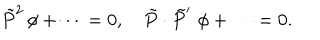
LaTeX: \tilde { P } ^ { 2 } \, \phi + \cdots = 0 , \quad \tilde { P } \cdot \tilde { P } ^ { \prime } \, \, \phi + \cdots = 0 .